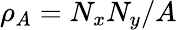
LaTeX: \rho_{A}=N_{x}N_{y}/A